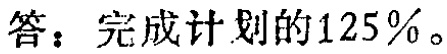
答：完成计划的125%。